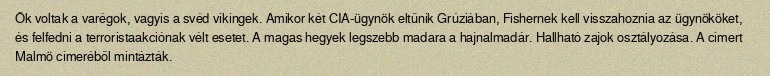
Ők voltak a varégok, vagyis a svéd vikingek. Amikor két CIA-ügynök eltűnik Grúziában, Fishernek kell visszahoznia az ügynököket, és felfedni a terroristaakciónak vélt esetet. A magas hegyek legszebb madara a hajnalmadár. Hallható zajok osztályozása. A címert Malmö címeréből mintázták.